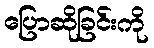
ပြောဆိုခြင်းကို